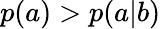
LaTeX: p(a)>p(a|b)